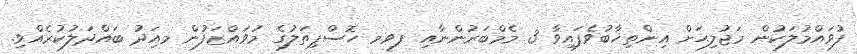
ފުވައްމުލަކުން މަޖުލިޙަށް އިންތިޚާބުވެފައިވާ 3 މެމްބަރުންނާއި ފވމ ހޮސްޕިތަލުގެ މުވައްޒަފުން މއިަދު ބައްދަލުކުރެއްވި.